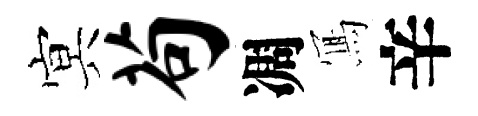
㝠苟凋𭂁辛